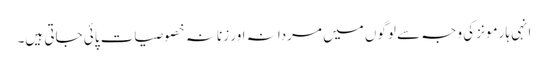
انہی ہارمونز کی وجہ سے لوگوں میں مردانہ اور زنانہ خصوصیات پائی جاتی ہیں۔